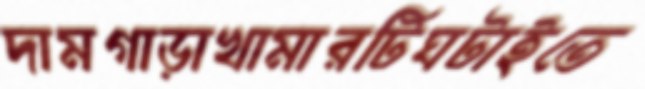
দামগাড়াখামারটিঘটাইতে